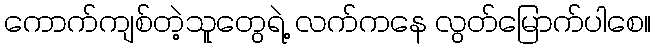
ကောက်ကျစ်တဲ့သူတွေရဲ့ လက်ကနေ လွတ်မြောက်ပါစေ။